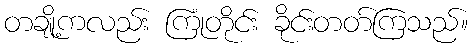
တချို့ကလည်း ကြုံတိုင်း ခိုင်းတတ်ကြသည်။